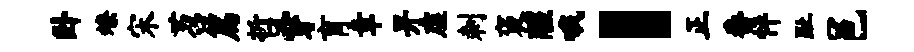
卧燎宋苕篇哲穿育章畀虚刺褒醒哦，正番怦趾邑